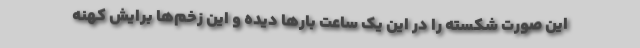
این صورت شکسته را در این یک ساعت بارها دیده و این زخم‌ها برایش کهنه